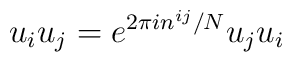
u_{i}u_{j} = e^{2\pi i n^{ij}/N} u_{j}u_{i}